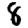
Digit: 8